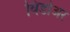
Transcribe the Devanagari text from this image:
विडोअर